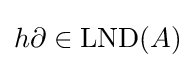
h\partial \in \operatorname {LND} (A)